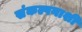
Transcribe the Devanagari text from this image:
संकल्पनाशी